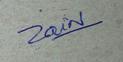
Signature authenticity: genuine